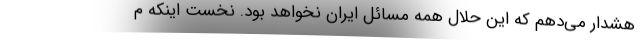
هشدار می‌دهم که این حلال همه مسائل ایران نخواهد بود. نخست اینکه م